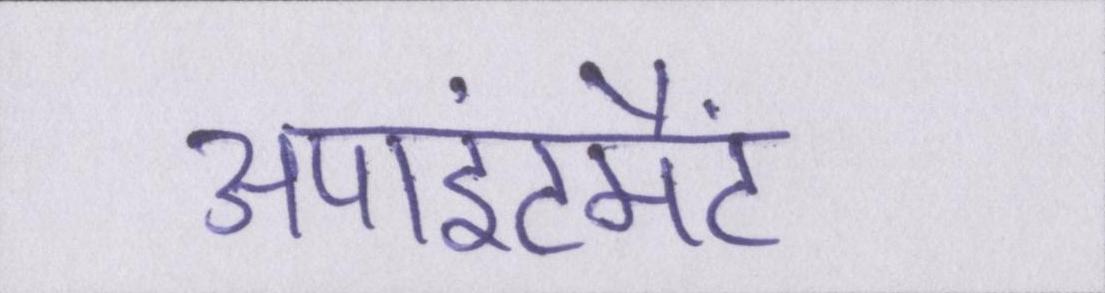
अपाइंटमैंट